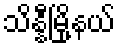
သိန္နီမြို့နယ်